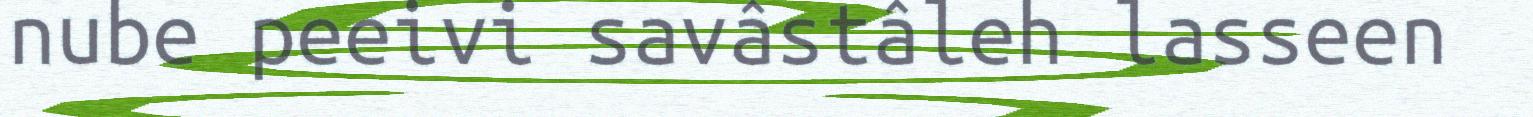
nube peeivi savâstâleh lasseen